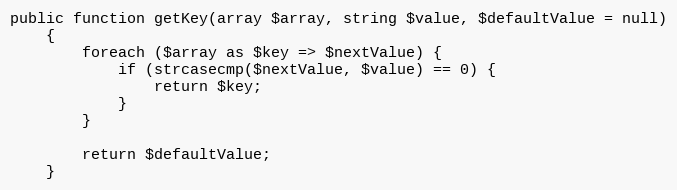
Language: PHP
public function getKey(array $array, string $value, $defaultValue = null)
    {
        foreach ($array as $key => $nextValue) {
            if (strcasecmp($nextValue, $value) == 0) {
                return $key;
            }
        }

        return $defaultValue;
    }